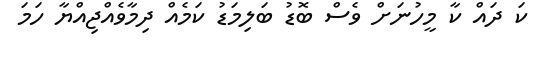
ކަ ދައް ކާ މީހުނަށް ވެސް ބޮޑު ބަލިމަޑު ކަމެއް ދިމާވެއްޖިއްޔާ ހަމަ